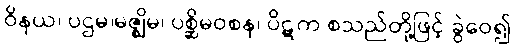
ဝိနယ၊ ပဌမ၊မဇ္ဈိမ၊ ပစ္ဆိမဝစန၊ ပိဋက စသည်တို့ဖြင့် ခွဲဝေ၍